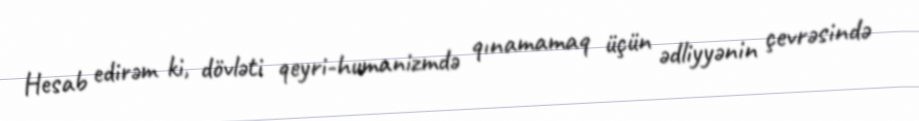
Hesab edirəm ki, dövləti qeyri-humanizmdə qınamamaq üçün ədliyyənin çevrəsində